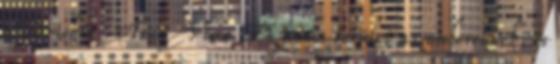
a Nokia TrueView Ez fontos terület az embereknek, és